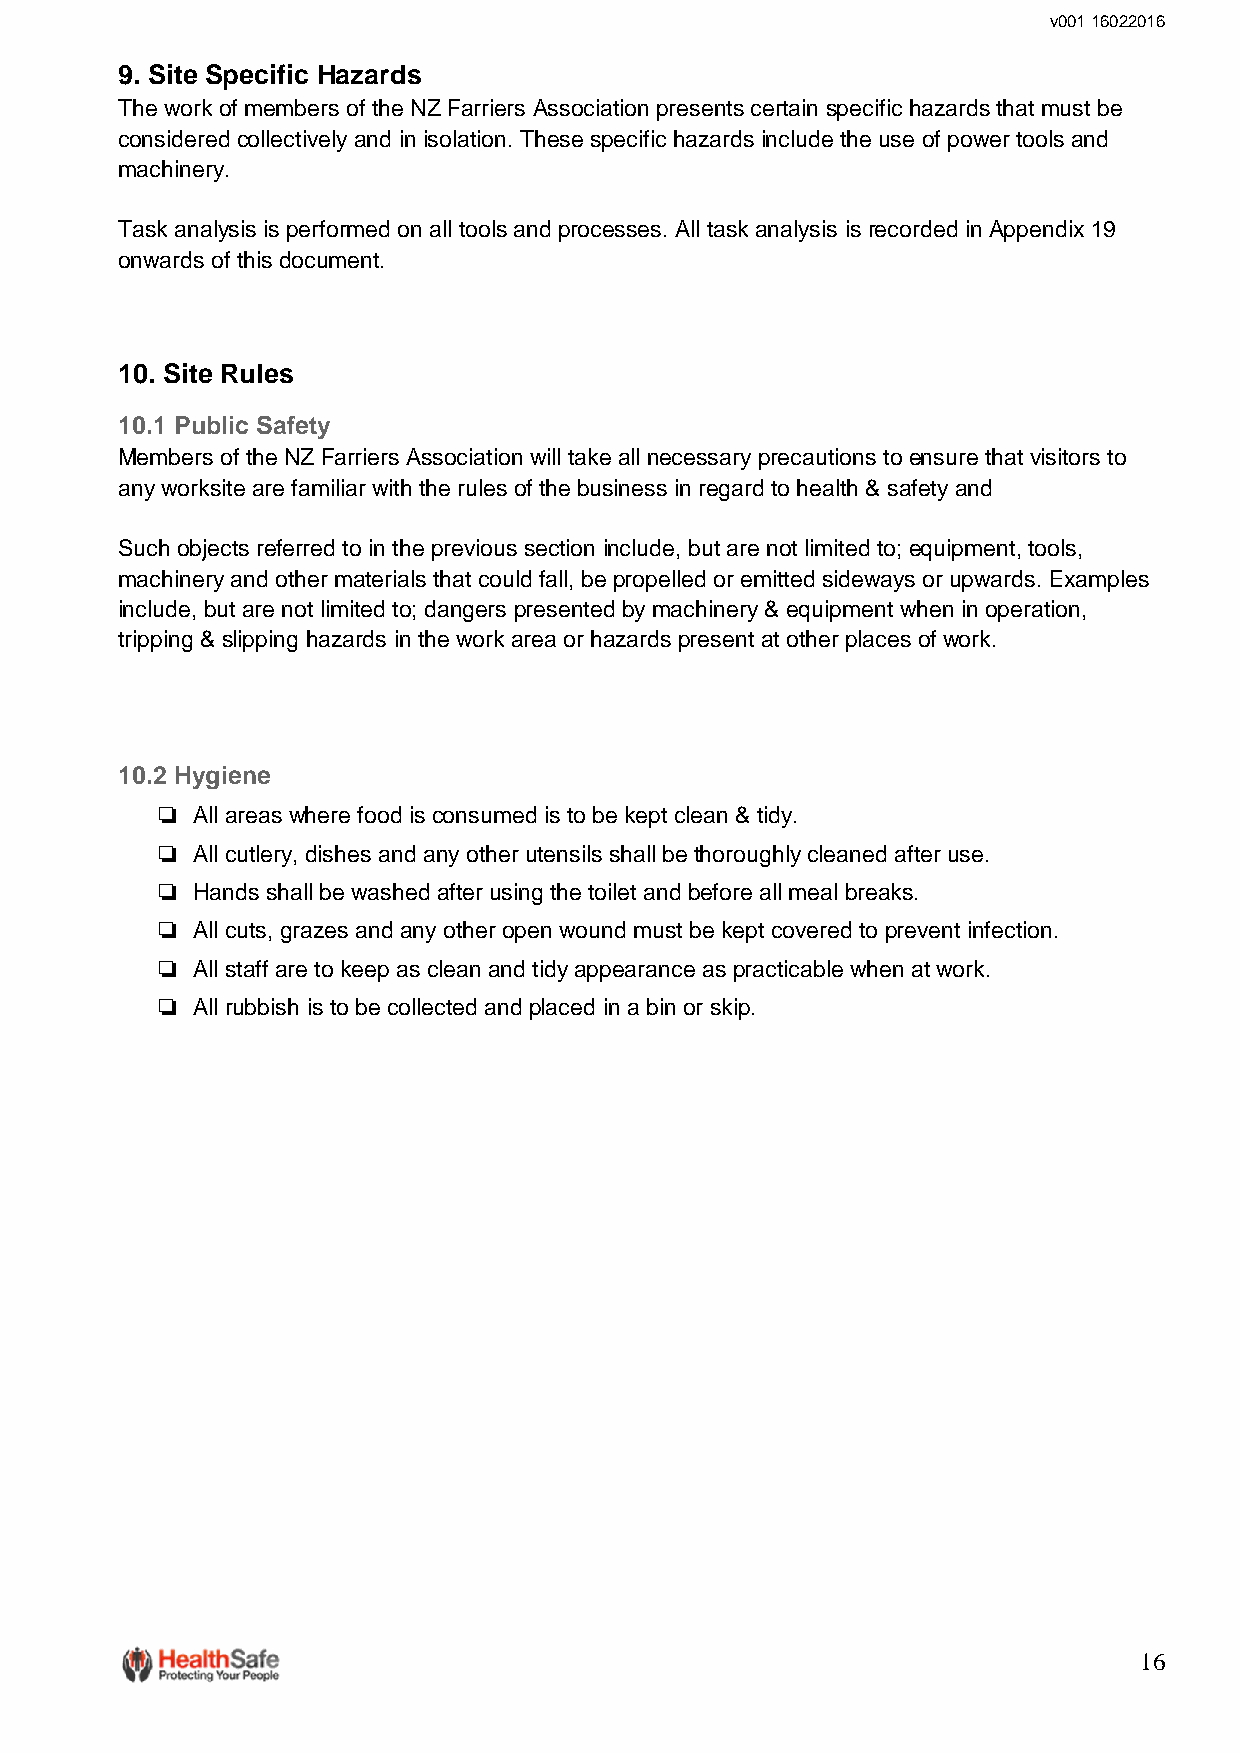
v001 16022016
 9. Site Specific Hazards
 The work of members of the NZ Farriers Association presents certain specific hazards that must be
 considered collectively and in isolation. These specific hazards include the use of power tools and
 machinery.
 Task analysis is performed on all tools and processes. All task analysis is recorded in Appendix 19
 onwards of this document.
 10. Site Rules
 10.1 Public Safety
 Members of the NZ Farriers Association will take all necessary precautions to ensure that visitors to
 any worksite are familiar with the rules of the business in regard to health & safety and
 Such objects referred to in the previous section include, but are not limited to; equipment, tools,
 machinery and other materials that could fall, be propelled or emitted sideways or upwards. Examples
 include, but are not limited to; dangers presented by machinery & equipment when in operation,
 tripping & slipping hazards in the work area or hazards present at other places of work.
 10.2 Hygiene
 ❏  All areas where food is consumed is to be kept clean & tidy.
 ❏  All cutlery, dishes and any other utensils shall be thoroughly cleaned after use.
 ❏  Hands shall be washed after using the toilet and before all meal breaks.
 ❏  All cuts, grazes and any other open wound must be kept covered to prevent infection.
 ❏  All staff are to keep as clean and tidy appearance as practicable when at work.
 ❏  All rubbish is to be collected and placed in a bin or skip.
 16